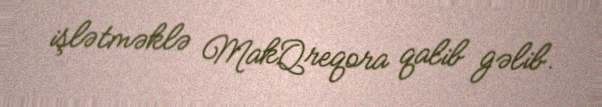
işlətməklə MakQreqora qalib gəlib.